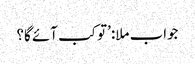
جواب ملا:’تو کب آئے گا؟